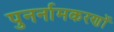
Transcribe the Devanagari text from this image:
पुनर्नामकरणों